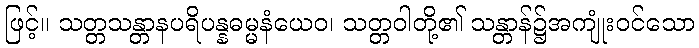
ဖြင့်။ သတ္တသန္တာနပရိပန္နဓမ္မနံယေဝ၊ သတ္တဝါတို့၏ သန္တာန်၌အကျုံးဝင်သော